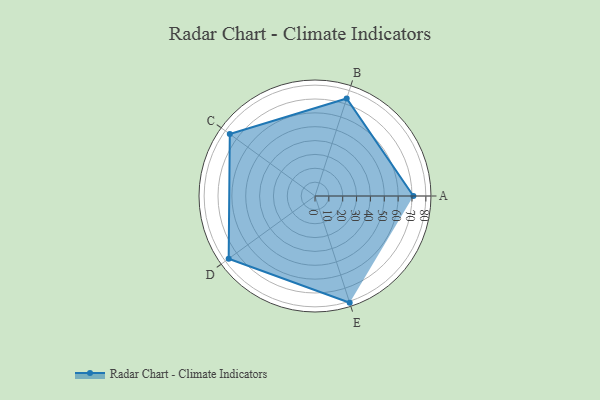
{"axis": {"x": "Skill", "y": "Score"}, "legend": ["Profile"], "data": [{"x": "A", "y": 71.0, "type": "Profile"}, {"x": "B", "y": 74.0, "type": "Profile"}, {"x": "C", "y": 76.0, "type": "Profile"}, {"x": "D", "y": 77.0, "type": "Profile"}, {"x": "E", "y": 81.0, "type": "Profile"}]}